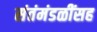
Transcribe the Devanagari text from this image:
संतंमंडळींसह